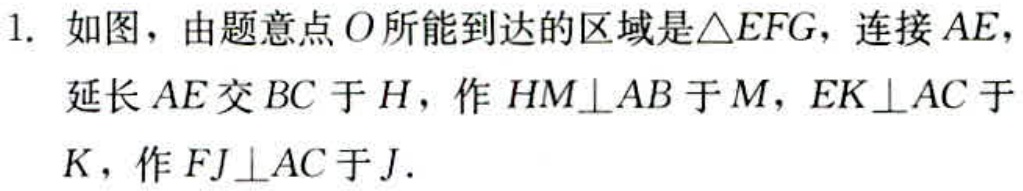
1. 如图，由题意点\(O\)所能到达的区域是\(\triangle EFG\)，连接\(AE\)，
延长\(AE\)交\(BC\)于\(H\)，作\(HM\perp AB\)于\(M\)，\(EK\perp AC\)于
\(K\)，作\(FJ\perp AC\)于\(J\).